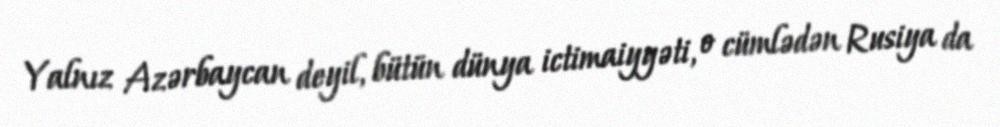
Yalnız Azərbaycan deyil, bütün dünya ictimaiyyəti, o cümlədən Rusiya da